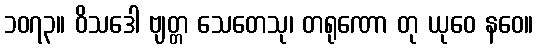
၁၀၇၃။ ဝိသဒေါ ဗျတ္တ သေတေသု၊ တရုဏော တု ယုဝေ နဝေ။